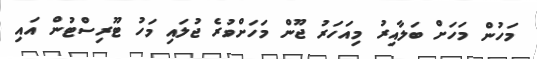
މަހުން މަހަށް ބަލާއިރު މިއަހަރު ޖޫން މަހަށްވުރެ ޖުލައި މަހު ޓޫރިސްޓުން އައި